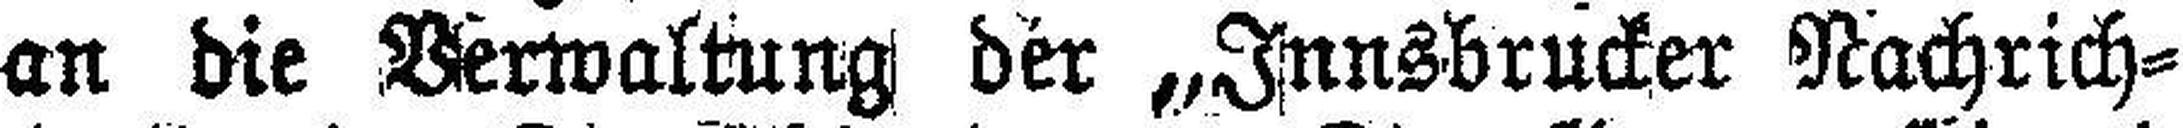
an die Verwaltung der „Innsbrucker Nachrich¬